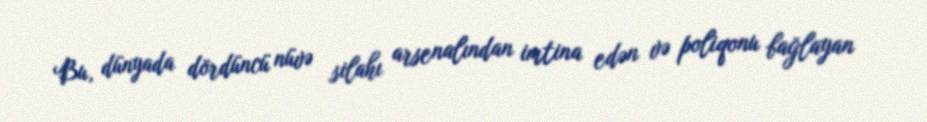
Bu, dünyada dördüncü nüvə silahı arsenalından imtina edən və poliqonu bağlayan